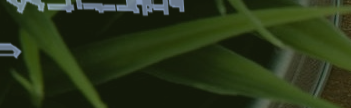
متجر الدار للأثاث المنزلي